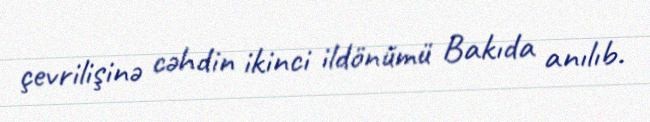
çevrilişinə cəhdin ikinci ildönümü Bakıda anılıb.